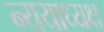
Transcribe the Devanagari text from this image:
न्ययाध्यक्ष